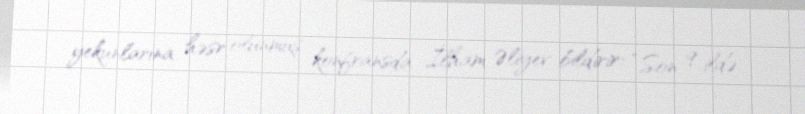
yekunlarına həsr olunmuş konfransda İlham Əliyev bildirir: “Son 9 ildə